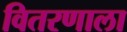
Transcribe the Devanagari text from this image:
वितरणाला